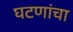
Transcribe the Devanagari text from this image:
घटणांचा